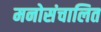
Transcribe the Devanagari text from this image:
मनोसंचालित